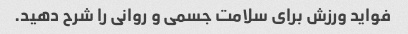
فواید ورزش برای سلامت جسمی و روانی را شرح دهید.